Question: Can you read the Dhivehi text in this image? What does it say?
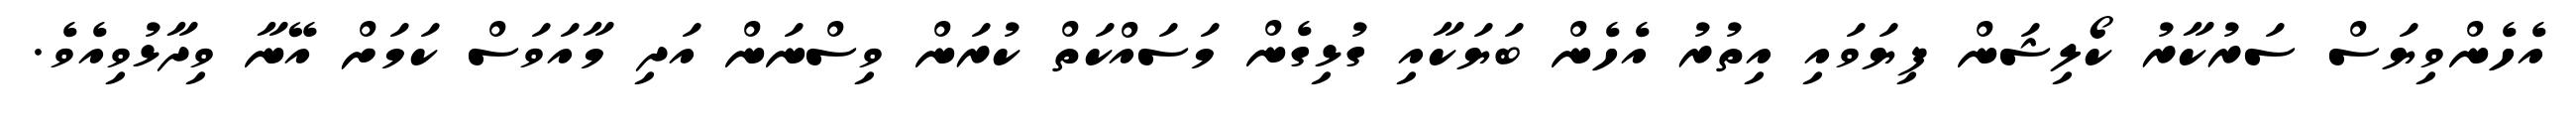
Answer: އެހެންވިޔަސް ސަރުކާރު ކޯލިޝަން ފިޔަވައި އިތުރު އެހެން ބަޔަކާއި ގުޅިގެން މަސައްކަތް ކުރަން ވިސްނަން އަދި މާއަވަސް ކަމަށް އޭނާ ވިދާޅުވިއެވެ.